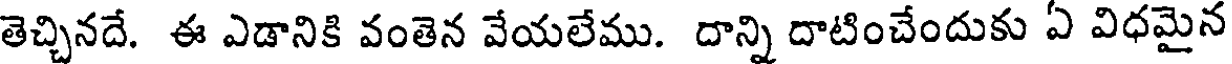
తెచ్చినదే. ఈ ఎడానికి వంతెన వేయలేము. దాన్ని దాటించేందుకు ఏ విధమైన